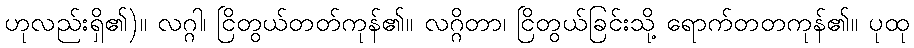
ဟုလည်းရှိ၏)။ လဂ္ဂါ၊ ငြိတွယ်တတ်ကုန်၏။ လဂ္ဂိတာ၊ ငြိတွယ်ခြင်းသို့ ရောက်တတကုန်၏။ ပုထု